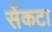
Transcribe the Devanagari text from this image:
सेंकटा